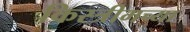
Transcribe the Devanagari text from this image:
किस्त्रीमच्या